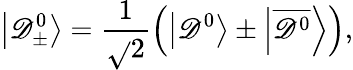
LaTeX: \left|\mathscr{D}_{\pm}^{0}\right\rangle=\frac{{1}}{{\sqrt{}{{2}}}}\left(\left|\mathscr{D}^{0}\right\rangle\pm\left|\overline{{{{\mathscr{D}^{0}}}}}\right\rangle\right),